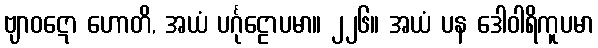
ဗျာဝဋော ဟောတိ, အယံ ပင်္ဂုဠောပမာ။ ၂၂၆။ အယံ ပန ဒေါဝါရိကူပမာ